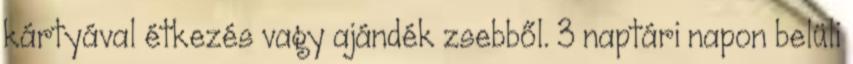
kártyával étkezés vagy ajándék zsebből. 3 naptári napon belüli